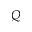
Q